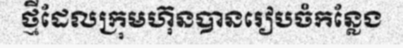
ថ្មីដែលក្រុមហ៊ុនបានរៀបចំកន្លែង